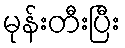
မုန်းတီးပြီး